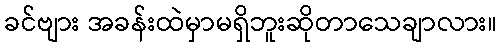
ခင်ဗျား အခန်းထဲမှာမရှိဘူးဆိုတာသေချာလား။